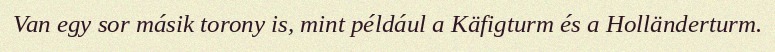
Van egy sor másik torony is, mint például a Käfigturm és a Holländerturm.